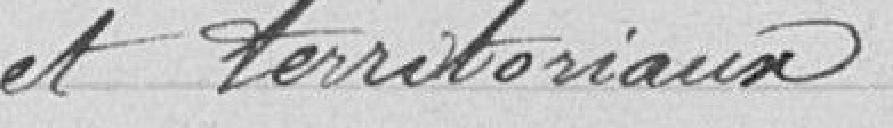
et territoriaux